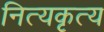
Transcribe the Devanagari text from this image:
नित्यकृत्य